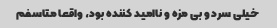
خیلی سرد و بی مزه و ناامید کننده بود، واقعا متاسفم